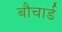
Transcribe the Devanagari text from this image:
बौचार्ड